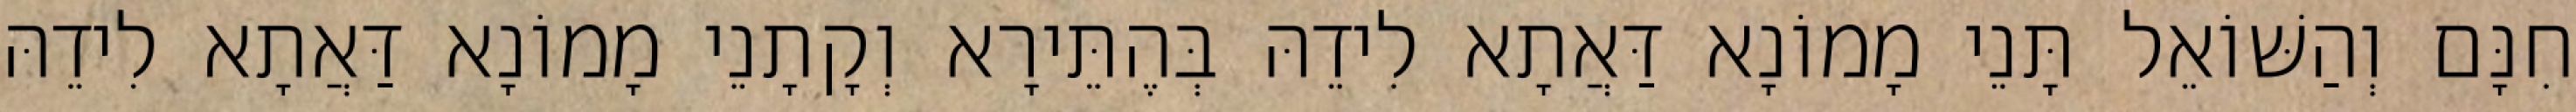
חִנָּם וְהַשּׁוֹאֵל תָּנֵי מָמוֹנָא דַּאֲתָא לִידֵהּ בְּהֶתֵּירָא וְקָתָנֵי מָמוֹנָא דַּאֲתָא לִידֵהּ